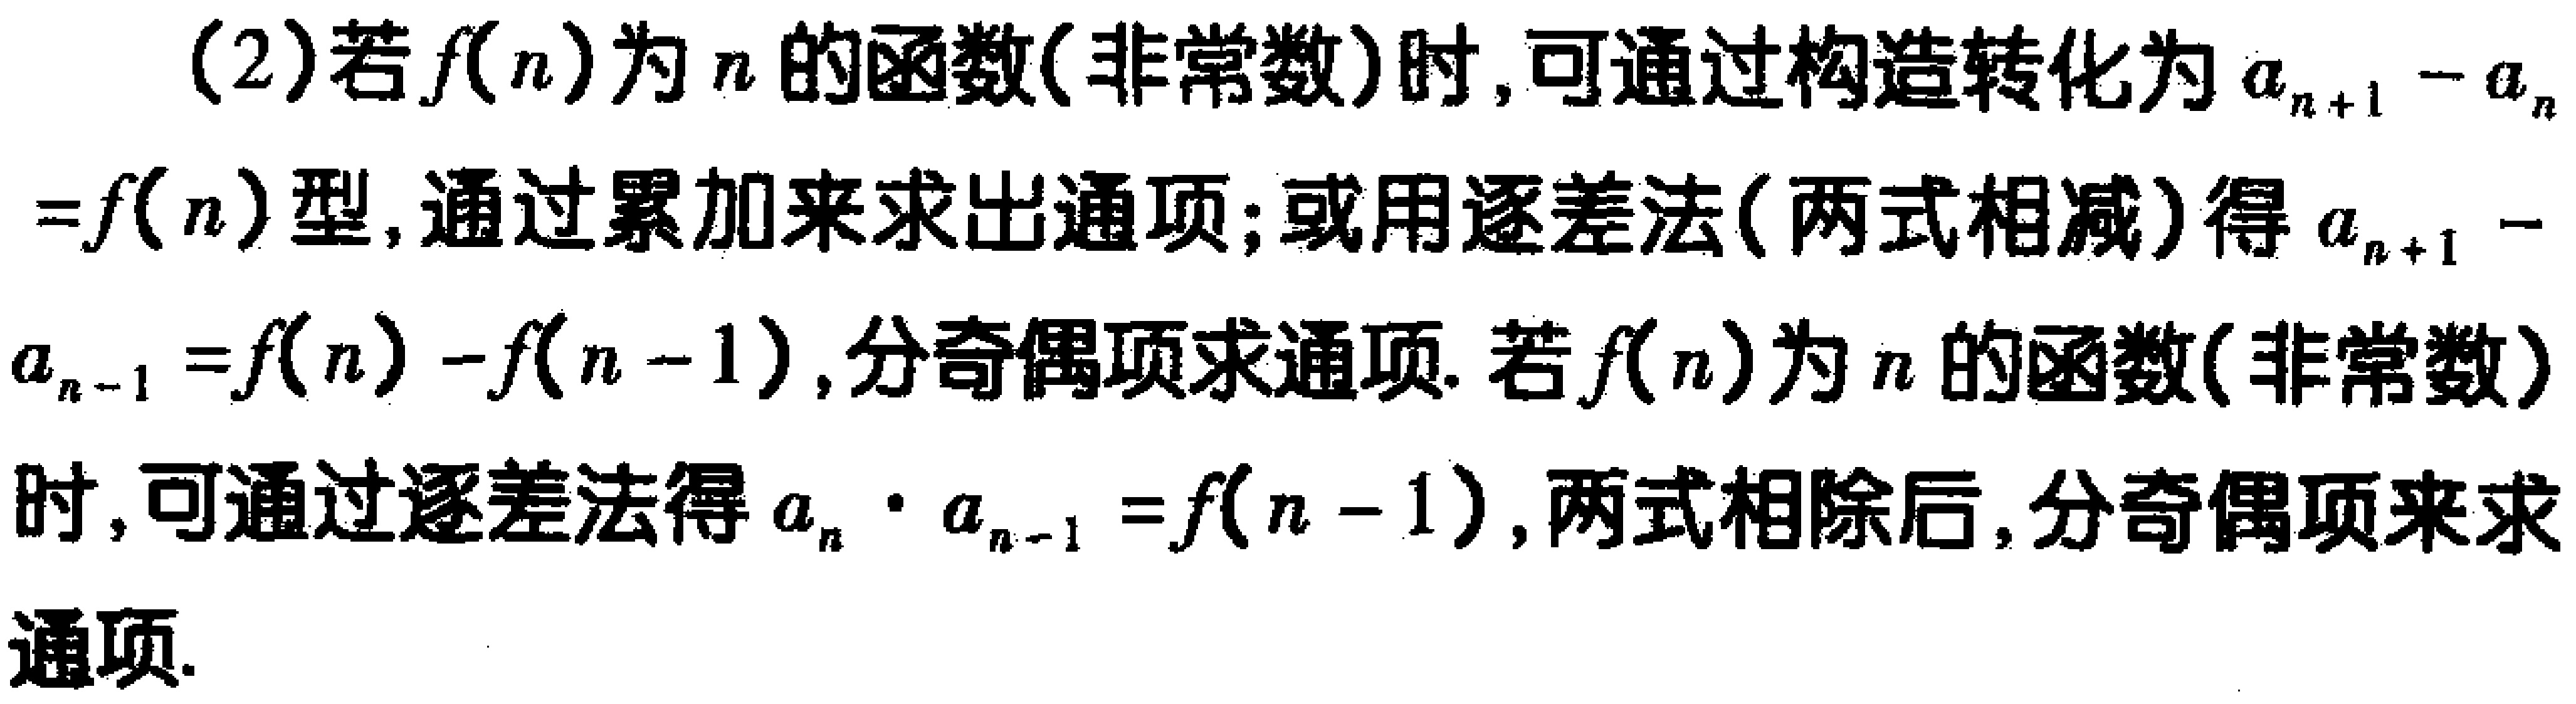
(2)若\(f(n)\)为\(n\)的函数(非常数)时,可通过构造转化为\(a_{n + 1} - a_{n}=f(n)\)型,通过累加来求出通项;或用逐差法(两式相减)得\(a_{n + 1} - a_{n - 1}=f(n)-f(n - 1)\),分奇偶项求通项. 若\(f(n)\)为\(n\)的函数(非常数)时,可通过逐差法得\(a_{n}\cdot a_{n - 1}=f(n - 1)\),两式相除后,分奇偶项来求通项.